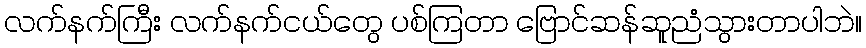
လက်နက်ကြီး လက်နက်ငယ်တွေ ပစ်ကြတာ ဗြောင်ဆန်ဆူညံသွားတာပါဘဲ။